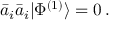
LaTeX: \bar { a } _ { i } \bar { a } _ { i } | \Phi ^ { ( 1 ) } \rangle = 0 \, .